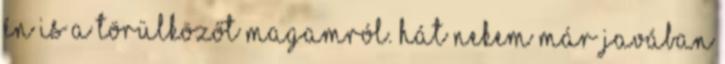
én is a törülközőt magamról. Hát nekem már javában